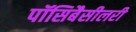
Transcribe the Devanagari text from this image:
पॉसिबैसीलरी